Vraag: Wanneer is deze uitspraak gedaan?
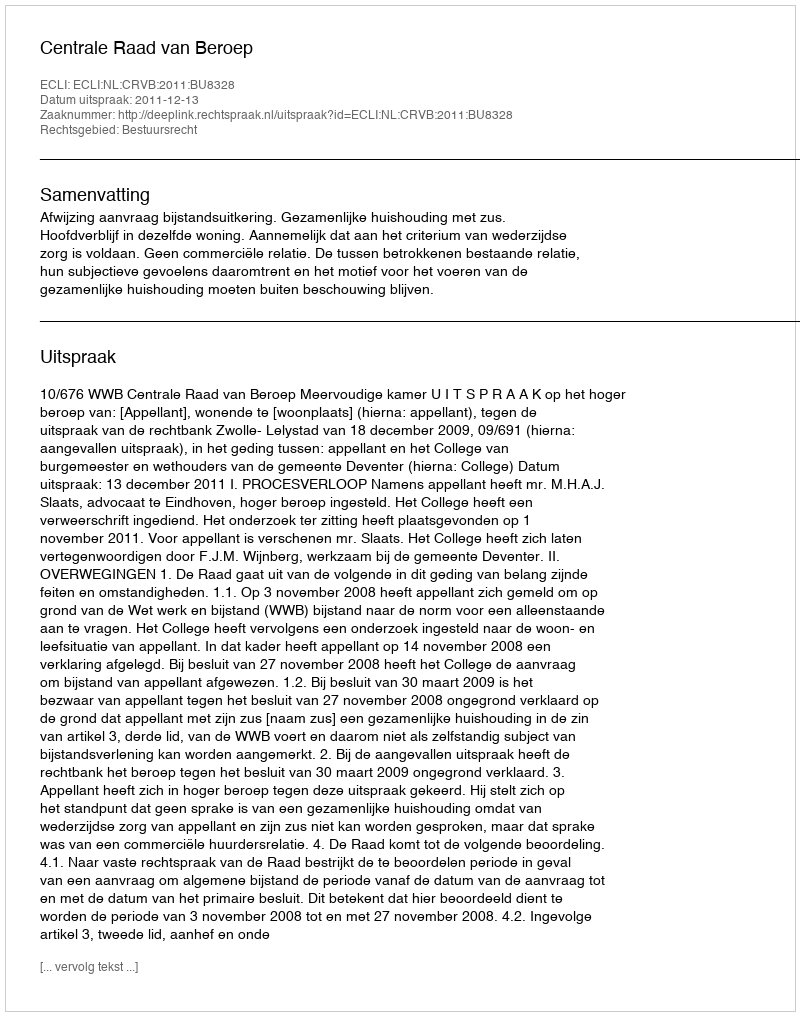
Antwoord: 2011-12-13